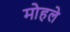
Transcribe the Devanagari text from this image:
माेहले